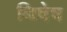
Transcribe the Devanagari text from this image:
निषेष